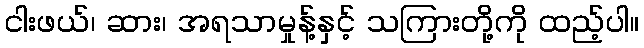
ငါးဖယ်၊ ဆား၊ အရသာမှုန့်နှင့် သကြားတို့ကို ထည့်ပါ။